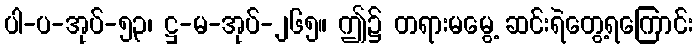
ပါ-ပ-အုပ်-၅၃၊ ဋ္ဌ-မ-အုပ်-၂၆၅။ ဤ၌ တရားမမွေ့ ဆင်းရဲတွေ့ရကြောင်း